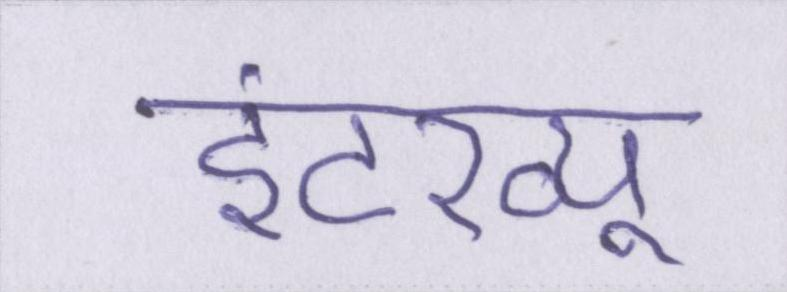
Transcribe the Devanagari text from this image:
इंटरव्यू